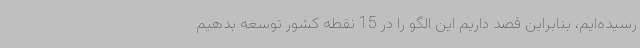
رسیده‌ایم، بنابراین قصد داریم این الگو را در 15 نقطه کشور توسعه بدهیم